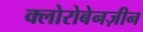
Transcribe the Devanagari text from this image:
क्लोरोबेनज़ीन